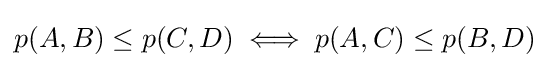
p(A,B)\leq p(C,D)\iff p(A,C)\leq p(B,D)